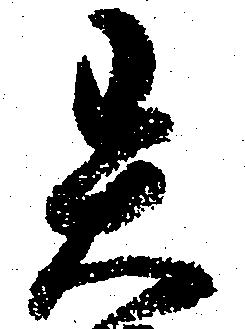
異